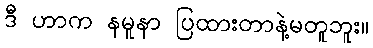
ဒီ ဟာက နမူနာ ပြထားတာနဲ့မတူဘူး။